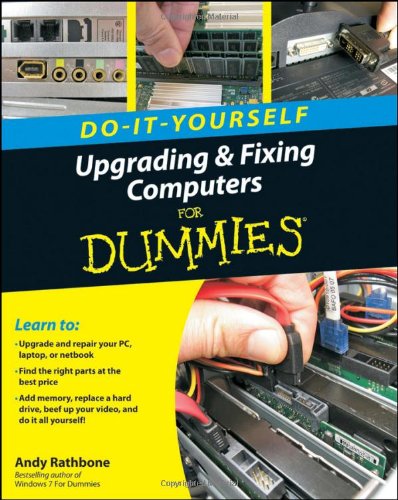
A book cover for Upgrading and Fixing Computers Do-it-Yourself For Dummies; Andy Rathbone; Computers & Technology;